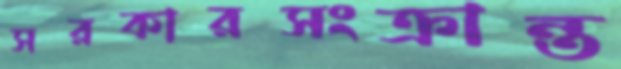
সরকারসংক্রান্ত